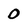
Character: 0